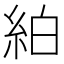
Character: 絈